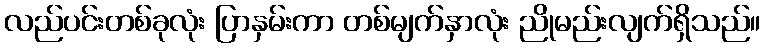
လည်ပင်းတစ်ခုလုံး ပြာနှမ်းကာ တစ်မျက်နှာလုံး ညိုမည်းလျက်ရှိသည်။